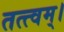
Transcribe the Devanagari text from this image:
तत्त्वम्।